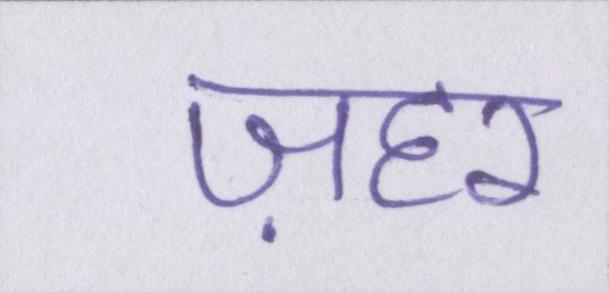
ज़हर